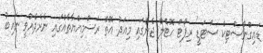
ޑައިގްނޯސްޓިކް ސްޓަޑީ' ރިޕޯޓް ހޮޓެލް ޖެންގައި މިއަދު އޮތް ރަސްމިއްޔާތެއްގައި ނެރެދެއްވީ ނައިބު